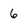
Character: 6